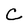
Character: C